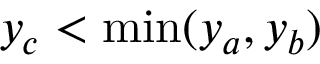
y _ { c } < \operatorname* { m i n } ( y _ { a } , y _ { b } )